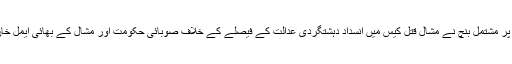
منگل کو پشاور ہائی کورٹ کے جسٹس قلندر علی خان اور جسٹس اشتیاق ابراہیم پر مشتمل بنچ نے مشال قتل کیس میں انسداد دہشتگردی عدالت کے فیصلے کے خلاف صوبائی حکومت اور مشال کے بھائی ایمل خان سمیت 6 مختلف درخواست گزاروں کی جانب سے دائر اپیلوں کی سماعت کی۔